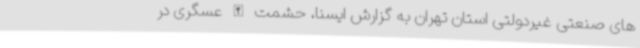
های صنعتی غیردولتی استان تهران به گزارش ایسنا، حشمت الله عسگری در